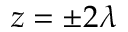
z = \pm 2 \lambda